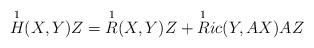
LaTeX: \begin{align*}\overset{1}{H} (X,Y)Z = \overset{1}{R} (X,Y)Z + \overset{1}{R}ic (Y,AX) AZ \end{align*}